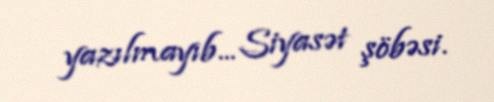
yazılmayıb... Siyasət şöbəsi.